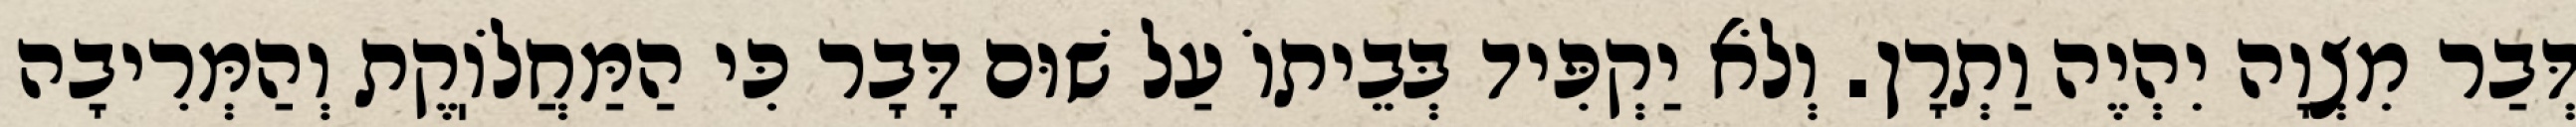
דְּבַר מִצְוָה יִהְיֶה וַתְרָן. וְלֹא יַקְפִּיד בְּבֵיתוֹ עַל שׁוּם דָּבָר כִּי הַמַּחֲלֹוֽקֶת וְהַמְּרִיבָה